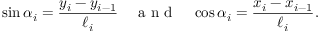
\sin \alpha _ { i } = \frac { y _ { i } - y _ { i - 1 } } { \ell _ { i } } ~ ~ ~ \mathrm { ~ a ~ n ~ d ~ } ~ ~ ~ \cos \alpha _ { i } = \frac { x _ { i } - x _ { i - 1 } } { \ell _ { i } } .